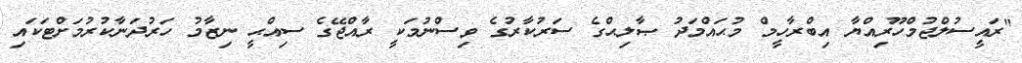
"ރައީސުލްޖުމްހޫރިއްޔާ އިބްރާހީމް މުޙައްމަދު ޞާލިޙްގެ ސަރުކާރުގެ ވިސްނުމަކީ ރާއްޖޭގެ ސިއްޙީ ނިޒާމު ހަރުދަނާކުރުމަށްޓަކައި